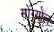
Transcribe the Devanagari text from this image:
मोंग्योल